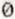
0